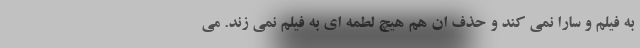
به فیلم و سارا نمی کند و حذف ان هم هیچ لطمه ای به فیلم نمی زند. می